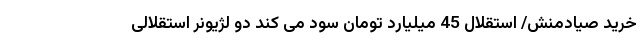
خرید صیادمنش/ استقلال 45 میلیارد تومان سود می کند دو لژیونر استقلالی